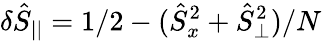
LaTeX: \delta\hat{S}_{||}=1/2-(\hat{S}_{x}^{2}+\hat{S}_{\perp}^{2})/N